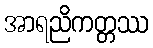
အာရညိကတ္တဿ